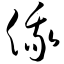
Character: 俄